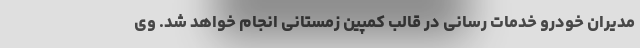
مدیران خودرو خدمات رسانی در قالب کمپین زمستانی انجام خواهد شد. وی